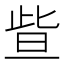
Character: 𣆟